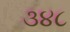
૩૪૮